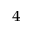
_ 4